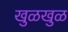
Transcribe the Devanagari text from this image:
खुळखुळ